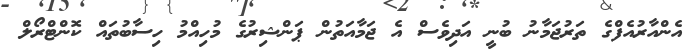
އެންއާރުއެފްގެ ތަރުޖަމާނު ބުނީ އަދިވެސް އެ ޖަމާއަތުން ޕަންޝިރުގެ މުހިއްމު ހިސާބުތައް ކޮންޓްރޯލް